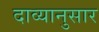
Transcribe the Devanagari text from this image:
दाव्यानुसार